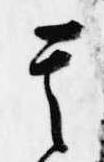
其